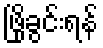
ဖြိုခွင်းရန်